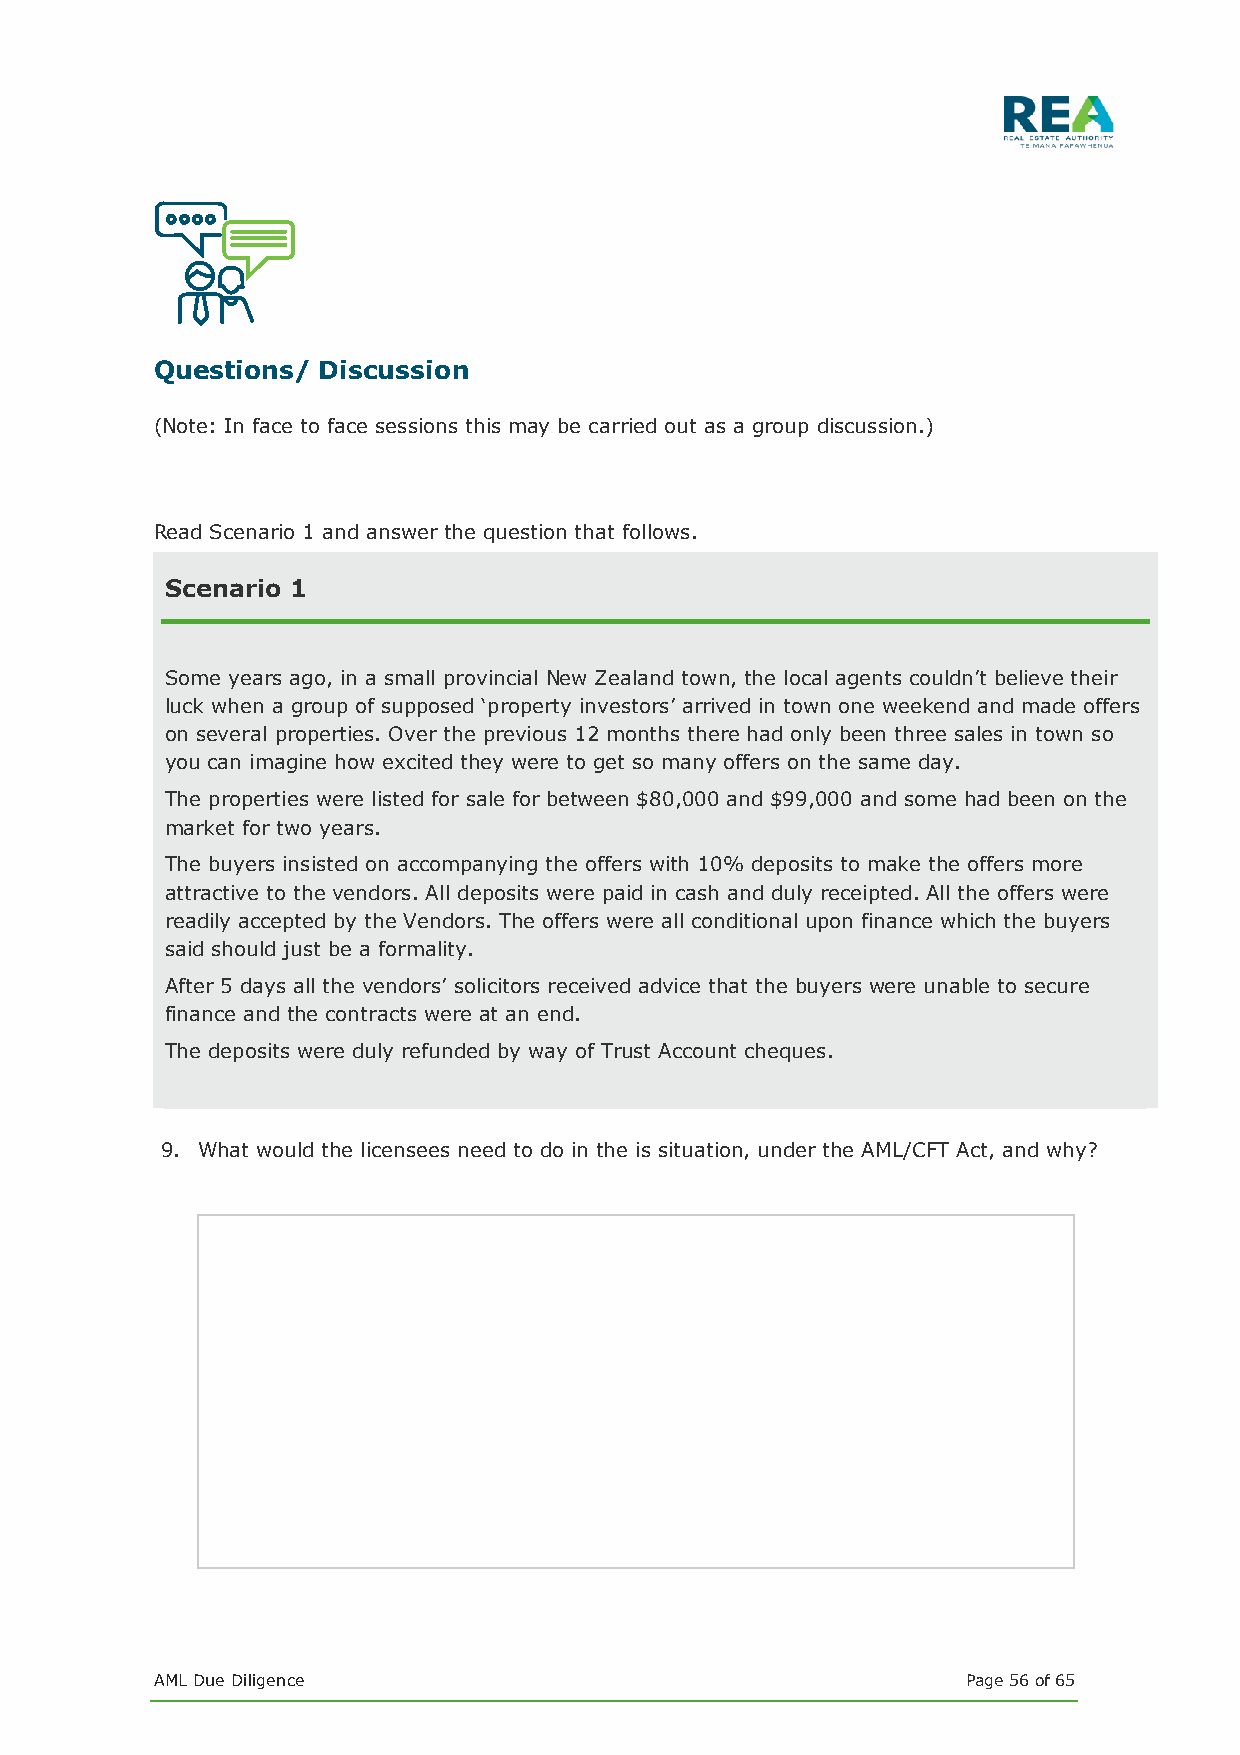
Questions/ Discussion
 (Note: In face to face sessions this may be carried out as a group discussion.)
 Read Scenario 1 and answer the question that follows.
 Scenario 1
 Some years ago, in a small provincial New Zealand town, the local agents couldn’t believe their
 luck when a group of supposed ‘property investors’ arrived in town one weekend and made offers
 on several properties. Over the previous 12 months there had only been three sales in town so
 you can imagine how excited they were to get so many offers on the same day.
 The properties were listed for sale for between $80,000 and $99,000 and some had been on the
 market for two years.
 The buyers insisted on accompanying the offers with 10% deposits to make the offers more
 attractive to the vendors. All deposits were paid in cash and duly receipted. All the offers were
 readily accepted by the Vendors. The offers were all conditional upon finance which the buyers
 said should just be a formality.
 After 5 days all the vendors’ solicitors received advice that the buyers were unable to secure
 finance and the contracts were at an end.
 The deposits were duly refunded by way of Trust Account cheques.
 9. What would the licensees need to do in the is situation, under the AML/CFT Act, and why?
 AML Due Diligence                                     Page 56 of 65